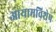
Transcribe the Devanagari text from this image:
आयामविशेष